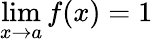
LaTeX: \lim\limits_{x\rightarrow a}f(x)=1